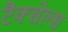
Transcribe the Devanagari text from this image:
टैक्सेल्स